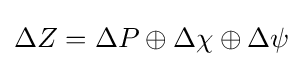
\Delta Z=\Delta P\oplus \Delta \chi \oplus \Delta \psi